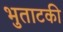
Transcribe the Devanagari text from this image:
भुताटकी